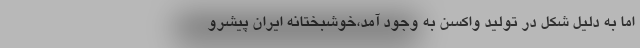
اما به دلیل شکل در تولید واکسن به وجود آمد،‌خوشبختانه ایران پیشرو